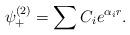
LaTeX: \begin{align*}\psi _{+}^{(2)}=\sum C_ie^{\alpha _ir}.\end{align*}